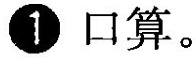
①口算。